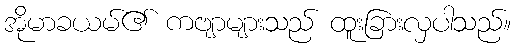
အိုမာခယမ်၏ ကဗျာများသည် ထူးခြားလှပါသည်။